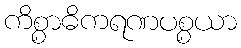
ကိစ္စာဓိကရဏပစ္စယာ